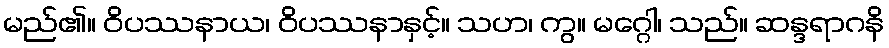
မည်၏။ ဝိပဿနာယ၊ ဝိပဿနာနှင့်။ သဟ၊ ကွ။ မဂ္ဂေါ၊ သည်။ ဆန္ဒရာဂနိ